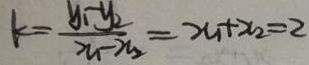
k = \frac { y _ { 1 } - y _ { 2 } } { x _ { 1 } - x _ { 2 } } = x _ { 1 } + x _ { 2 } = 2